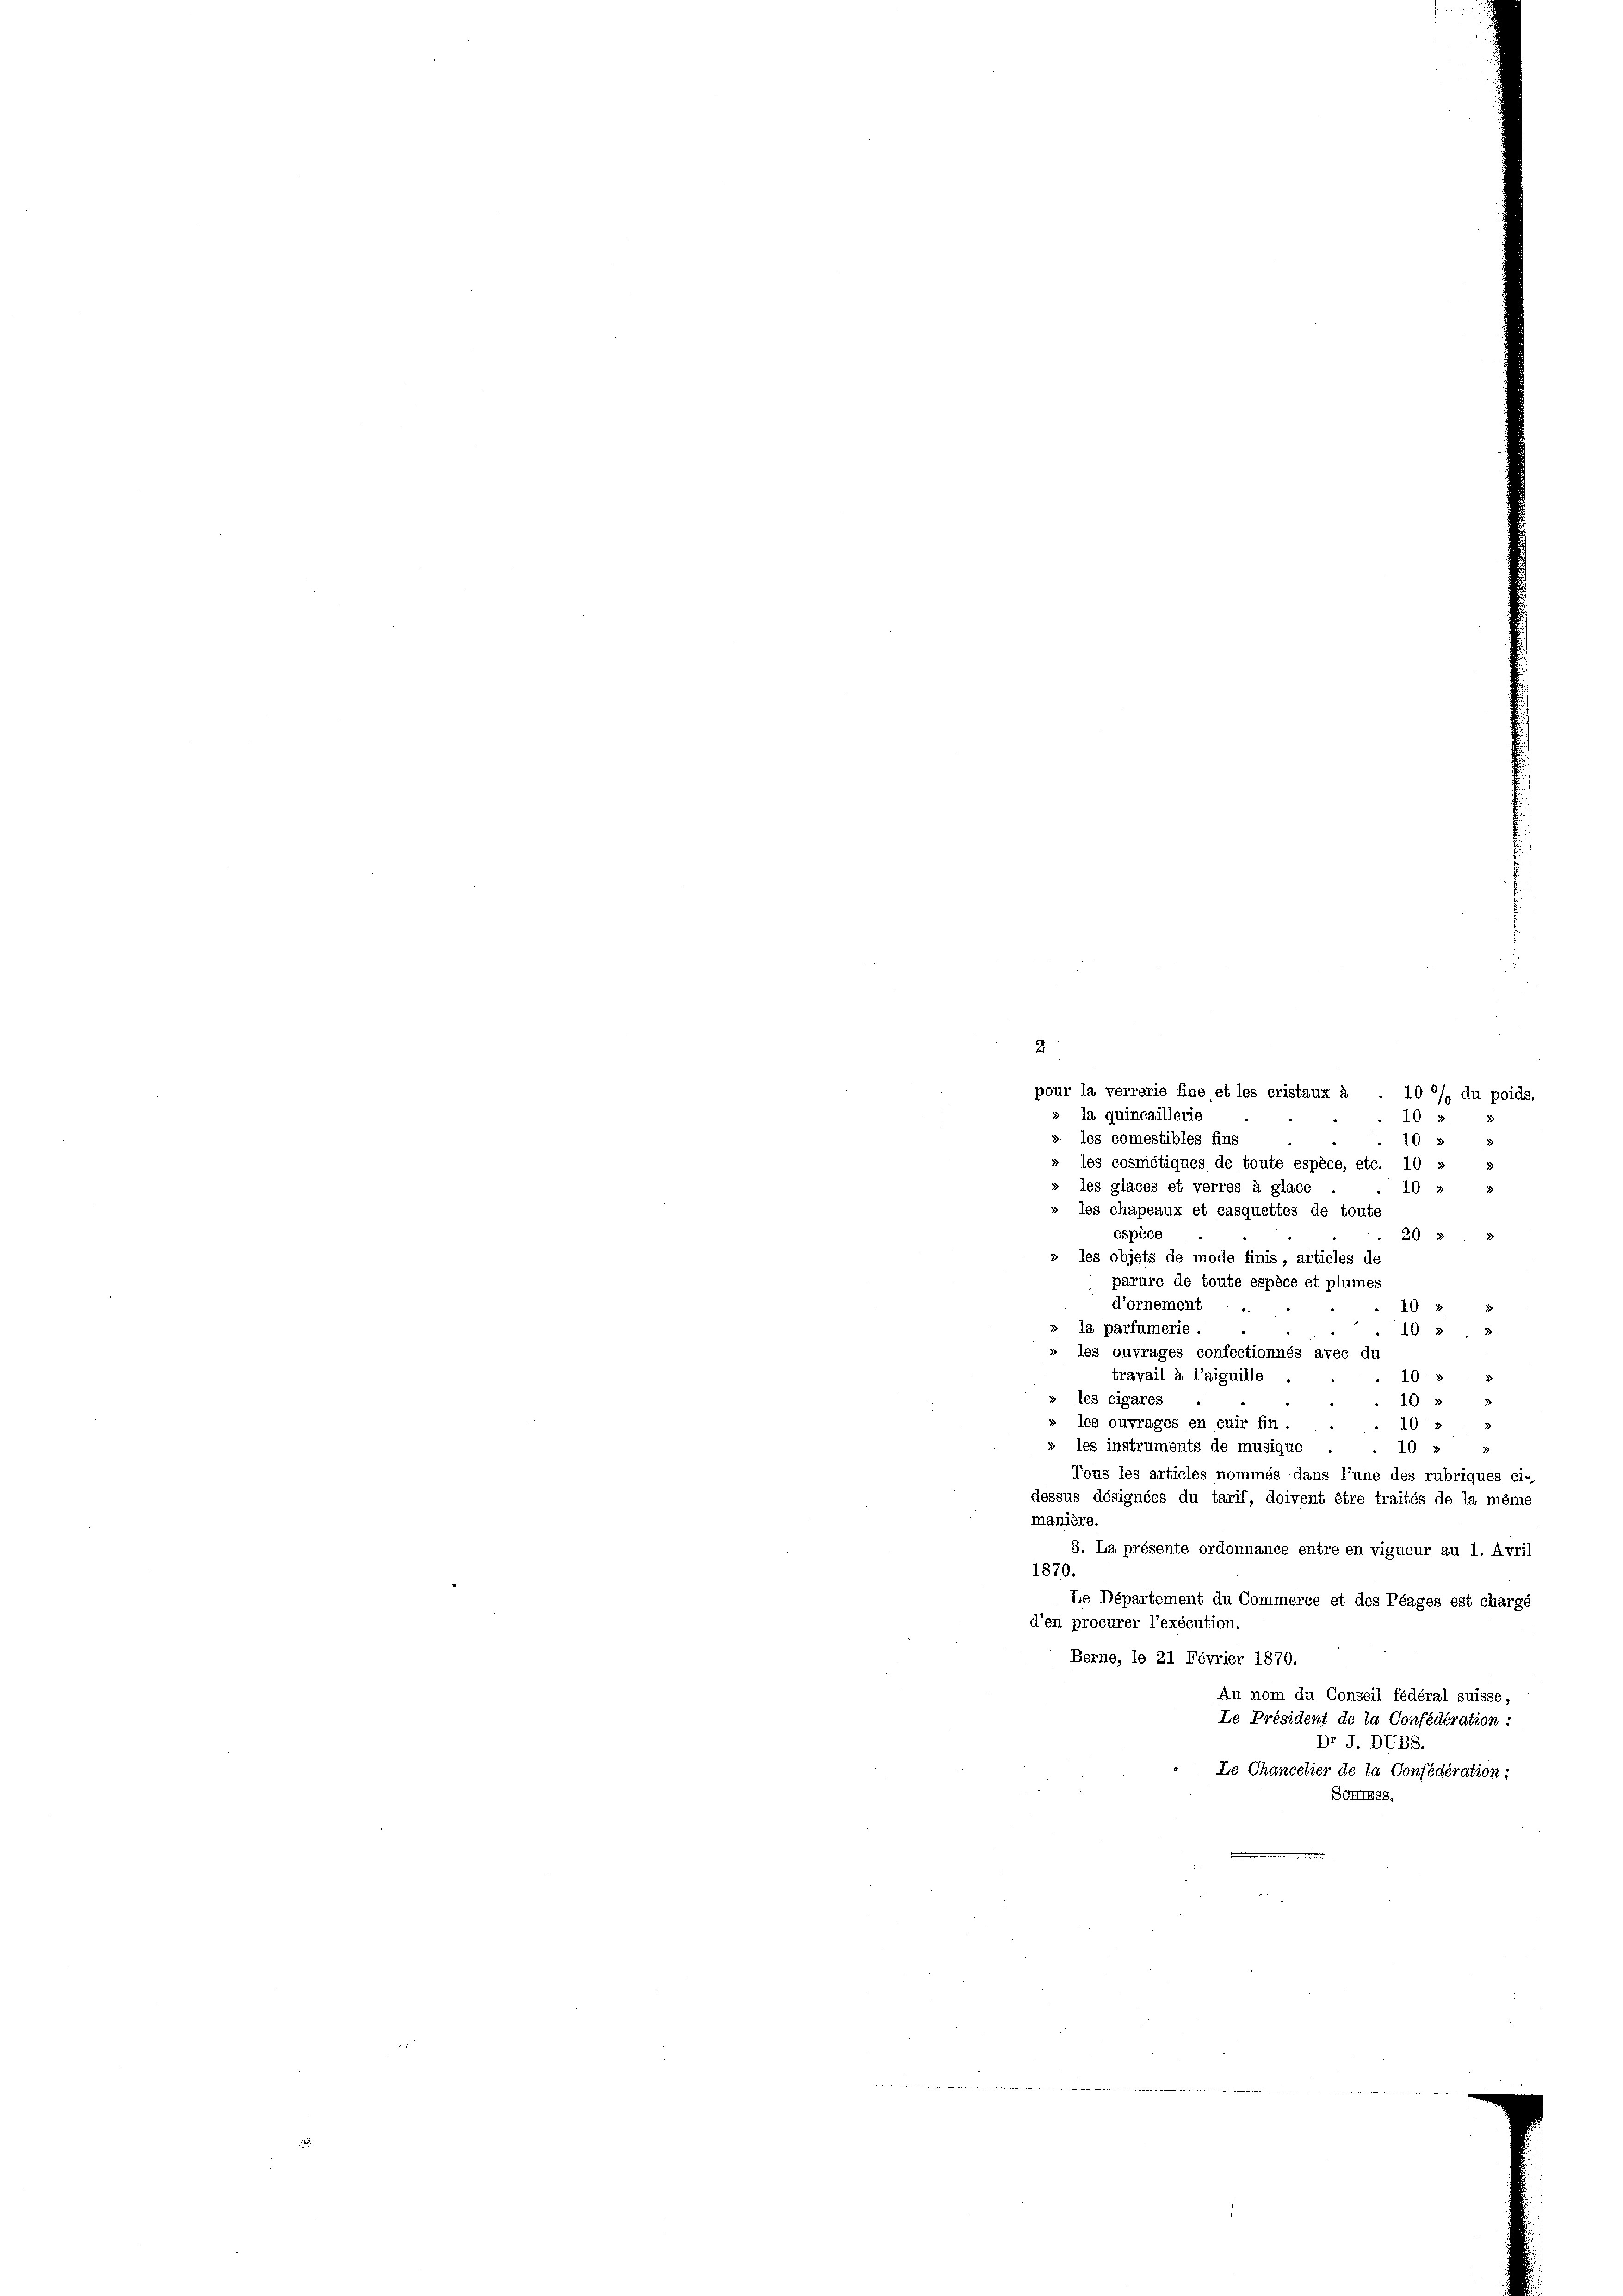
2
pour la verrerie fine et les cristaux à
10 °/ du poids.
» la quincaillerie
10 5
s. les comestibles fins
10 3
» les cosmétiques de toute espèce, etc. 10 »
» les glaces et verres à glace
10 § 8
» les chapeaux et casquettes de toute
espèce
203
» les objets de mode finis articles de
parure de toute espèce et plumes
d’ornement
10 3
» la parfumerie.
10 3
» les ouvrages confectionnés avec di
travail à l’aiguille .
10
» les cigares
10 3
2
s les ouvrages en cuir fin.
103
» les instruments de musique
40 § 3
Tous les articles nommés dans l’une des rubriques ei-
dessus désignées du tarif, doivent être traités de la même
manière.
3. La présente ordonnance entre en vigueur au 1. Avril
1870.
Le Département du Commerce et des Plages est chargé
d’en procurer l’exécution.
Berne, le 21 Février 1870.
Au nom du Conseil fédéral suisse,
Le Président de la Confédération :
Dr J. DUBS.
Le Chancelier de la Confederation:
SCHTESS.